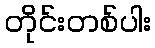
တိုင်းတစ်ပါး